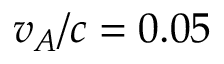
v _ { A } / c = 0 . 0 5